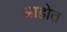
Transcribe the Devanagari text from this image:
अाहोत